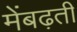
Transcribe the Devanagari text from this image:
मेंबढ़ती